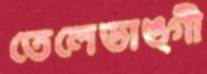
তেলেডাঙ্গী